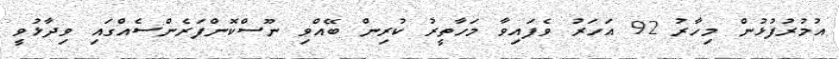
އުމުރުފުޅުން މިހާރު 92 އަހަރު ވެފައިވާ މަހާތީރު ކުރިން ބޭއްވި ނޫސްކޮންފަރެންސެއްގައި ވިދާޅުވީ